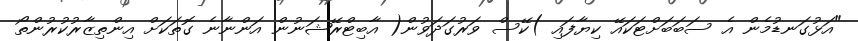
"އަޅުގަނޑުމެން އެ ސަބަބަށްޓަކައޭ ކިޔާފައި )ކޭސް ވަރުގަދަވުން( އާބިޓްރޭޝަނުން އަންނާނެ ގޮތަކަށް އިންތިޒާރުކުރުންތޯ